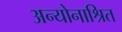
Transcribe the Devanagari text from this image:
अन्योनाश्रित